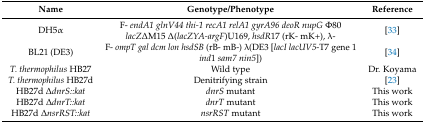
<table><thead><tr><td><b>Name</b></td><td><b>Genotype/Phenotype</b></td><td><b>Reference</b></td></tr></thead><tbody><tr><td>DH5α</td><td>F- <i>endA1 glnV44 thi-1 recA1 relA1 gyrA96 deoR nupG</i> Φ80 <i>lacZ</i>ΔM15 Δ(<i>lacZYA-argF</i>)U169, <i>hsdR</i>17 (rK- mK+), λ-</td><td>[33]</td></tr><tr><td>BL21 (DE3)</td><td>F- <i>ompT gal dcm lon hsdSB</i> (rB- mB-) λ(DE3 [<i>lacI lacUV5</i>-T7 gene 1 <i>ind</i>1 <i>sam7 nin5</i>])</td><td>[34]</td></tr><tr><td><i>T. thermophilus</i> HB27</td><td>Wild type</td><td>Dr. Koyama</td></tr><tr><td><i>T. thermophilus</i> HB27d</td><td>Denitrifying strain</td><td>[23]</td></tr><tr><td>HB27d ∆<i>dnrS::kat</i></td><td><i>dnrS</i> mutant</td><td>This work</td></tr><tr><td>HB27d ∆<i>dnrT::kat</i></td><td><i>dnrT</i> mutant</td><td>This work</td></tr><tr><td>HB27d ∆<i>nsrRST::kat</i></td><td><i>nsrRST</i> mutant</td><td>This work</td></tr></tbody></table>